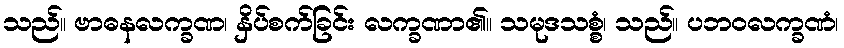
သည်။ ဗာဓနလက္ခဏ၊ နှိပ်စက်ခြင်း လက္ခဏာ၏။ သမုဒသစ္စံ၊ သည်။ ပဘဝလက္ခဏံ၊